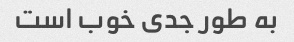
به طور جدی خوب است